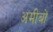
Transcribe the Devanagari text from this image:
अमीबों